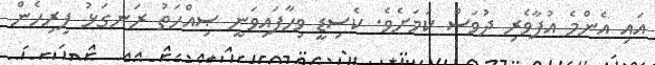
އައި އެންމެ އުފާވެރި ދުވަސް ކަމަށެވެ. ކެސިޑީ ވިހާފައިވަނީ ޞިއްހަތު ރަނގަޅު ފިރިހެން